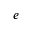
e